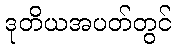
ဒုတိယအပတ်တွင်